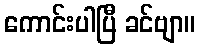
ကောင်းပါပြီ ခင်ဗျာ။